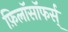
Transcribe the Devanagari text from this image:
फ़िलॉसॉफर्स्